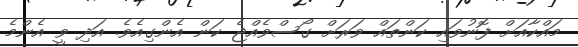
މައްކާއަށް ފޮނުވައި ކަންތައް ވަރަށް ގޯސްވެއްޖެ ކަން އެންގިއެވެ. އަދި ވީ އެންމެ